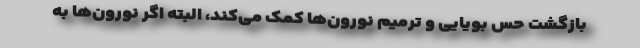
بازگشت حس بویایی و ترمیم نورون‌ها کمک می‌کند، البته اگر نورون‌ها به